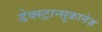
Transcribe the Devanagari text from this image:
डेक्स्ट्रान्सुक्रानेज़